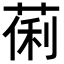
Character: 𬝒